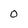
Character: 0